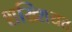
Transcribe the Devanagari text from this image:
शख्शियत